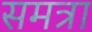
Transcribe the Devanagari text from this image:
समत्रा